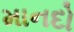
માનદો